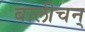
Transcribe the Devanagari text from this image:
बालीचन्